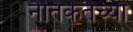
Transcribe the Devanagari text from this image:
नैतिकतेच्या